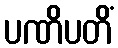
ပဏိပတိံ